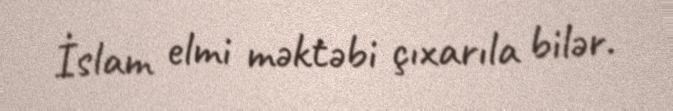
İslam elmi məktəbi çıxarıla bilər.